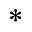
^ *